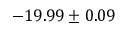
- 1 9 . 9 9 \pm 0 . 0 9